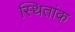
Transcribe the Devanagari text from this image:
स्थितांक